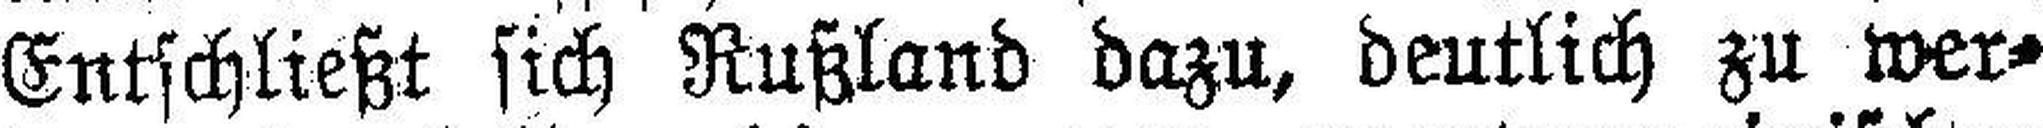
Entschließt sich Rußland dazu, deutlich zu wer¬